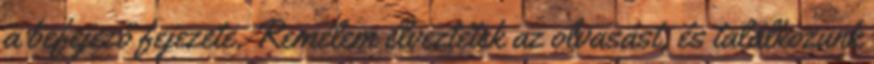
a befejező fejezete. Remélem élveztétek az olvasást, és találkozunk